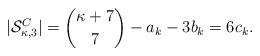
LaTeX: \begin{align*} |\mathcal{S}_{\kappa,3}^C|=\binom{\kappa+7}{7}-a_k-3b_k=6c_k.\end{align*}